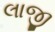
લાજી